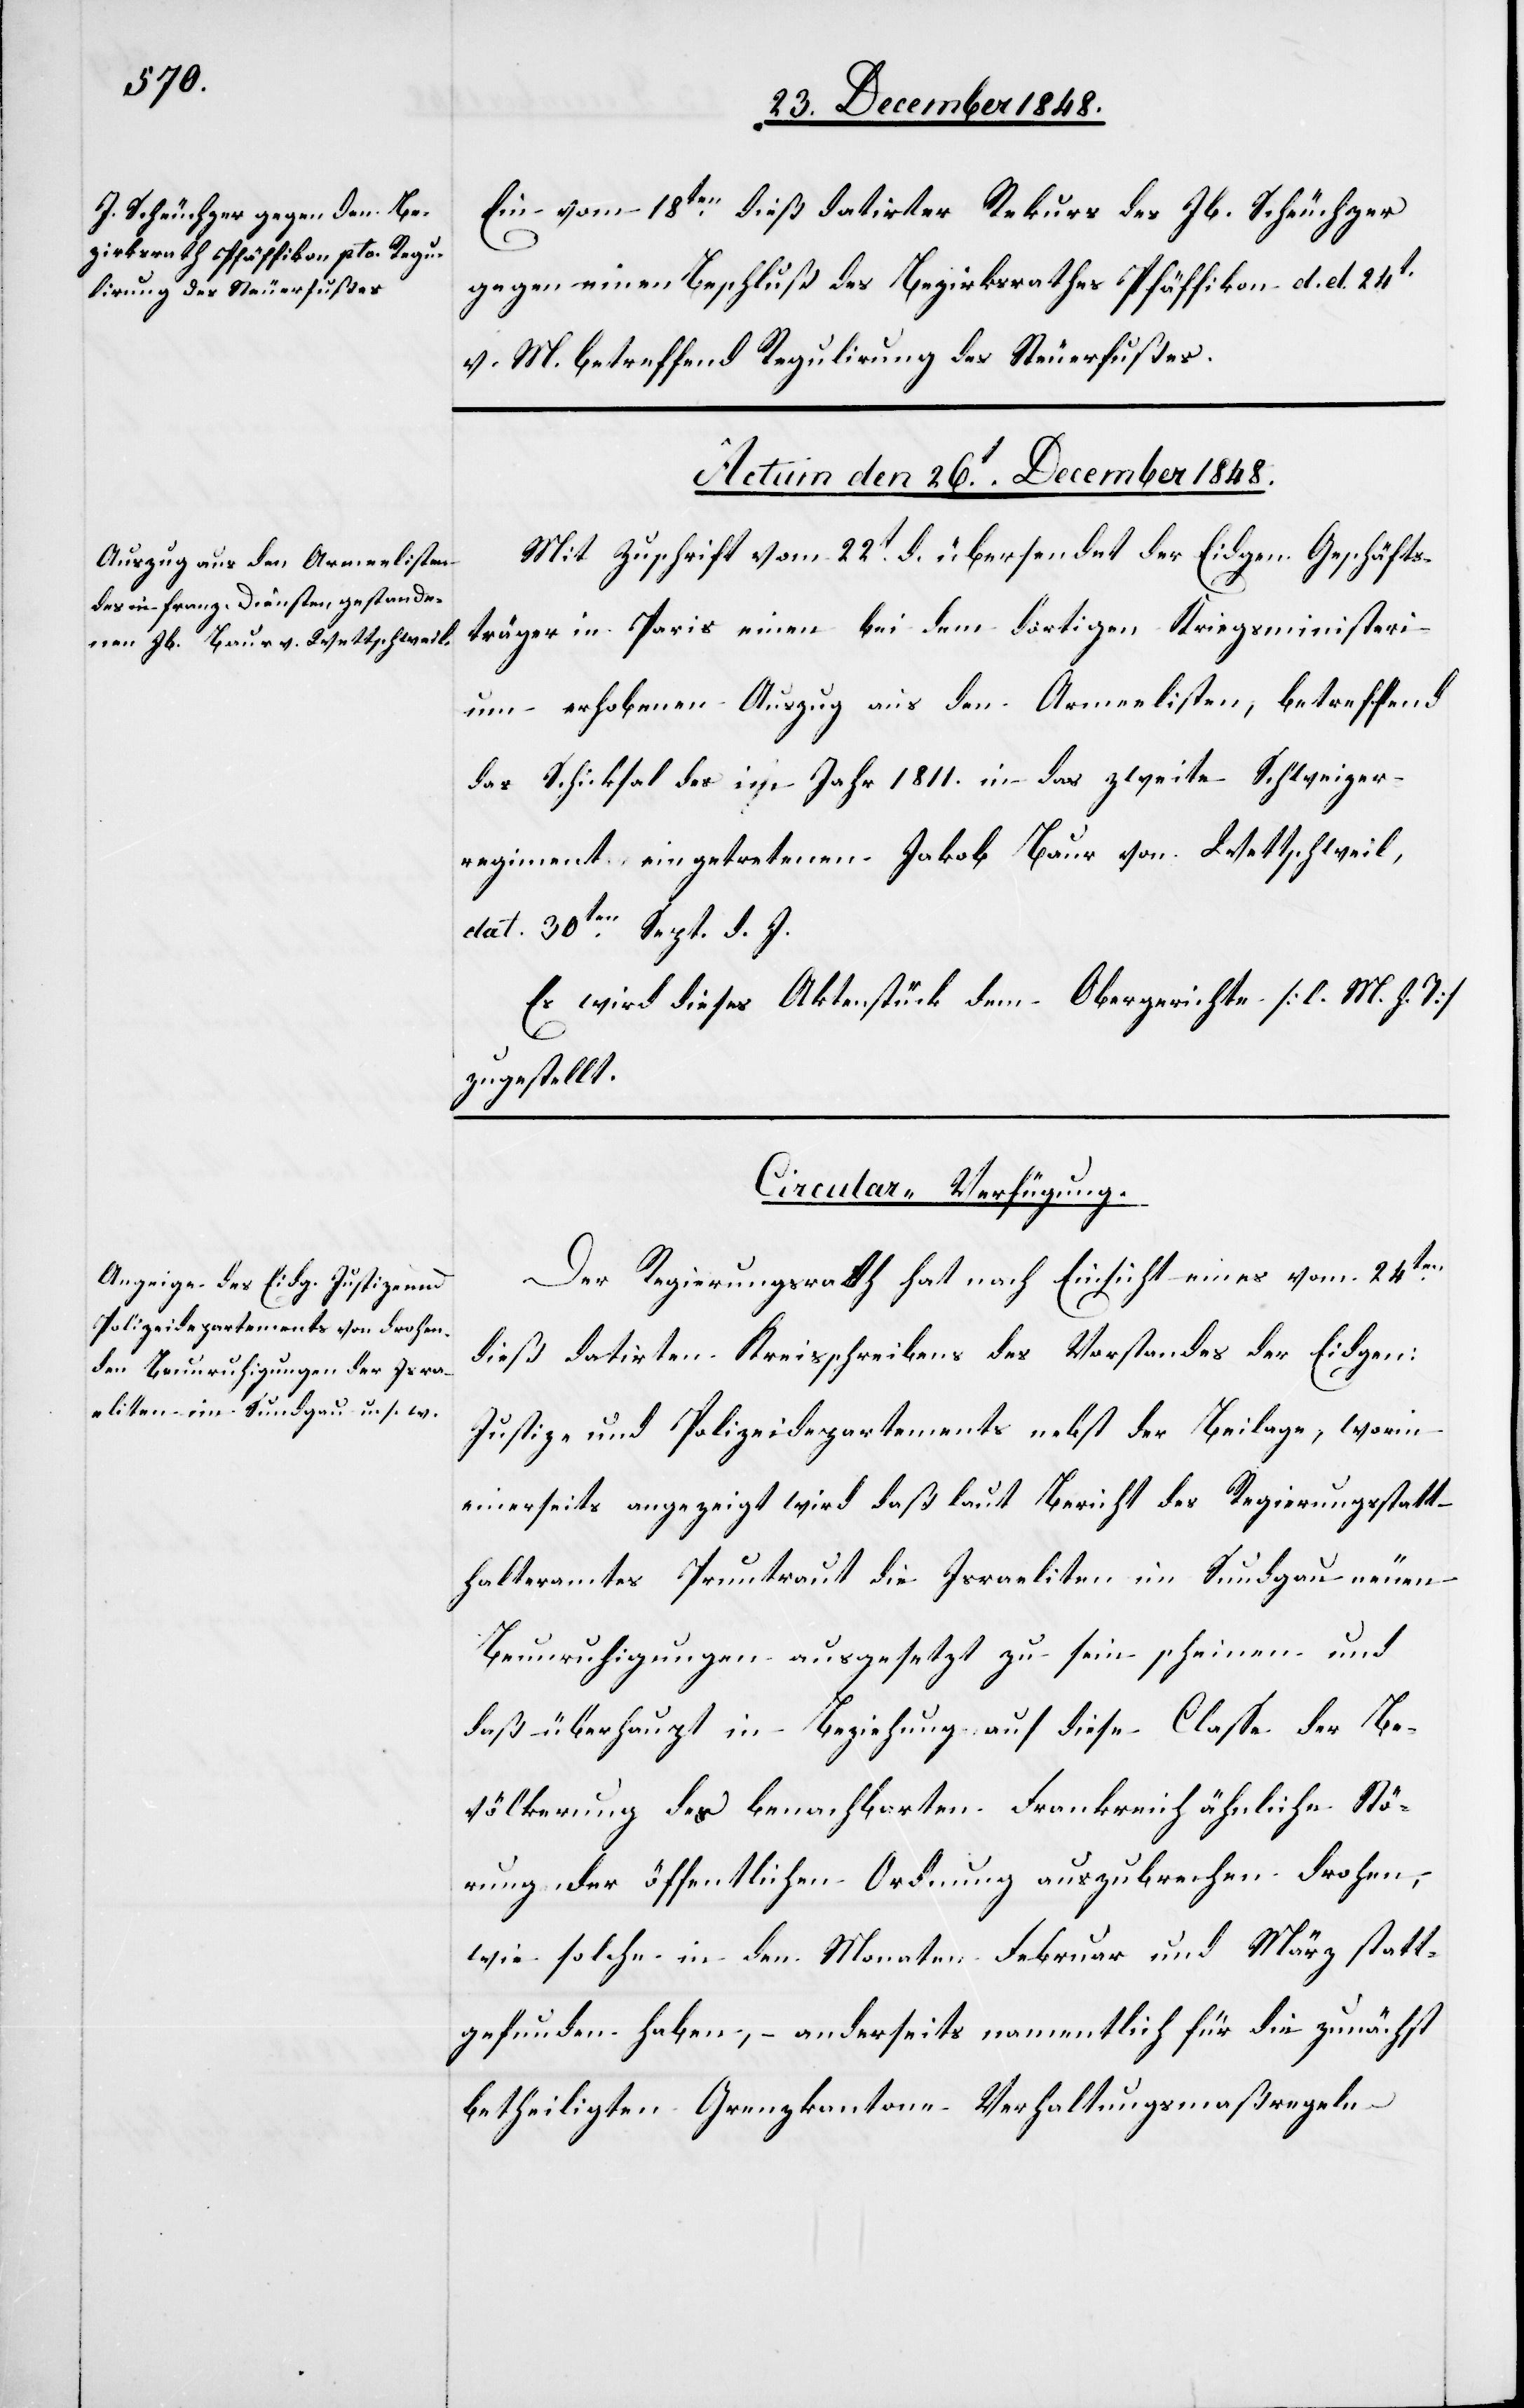
Ein vom 18ten dieß datirter Rekurs des Jb. Scheuchzer
gegen einen Beschluß des Bezirksrathes Pfäffikon d. d. 24t
v. M. betreffend Regulirung des Steuerfußes.
[Actum den 26t December 1848.]
Mit Zuschrift vom 22t d. übersendet der Eidgen. Geschäfts¬
träger in Paris einen bei dem dortigen Kriegsministeri¬
um erhobenen Auszug aus den Armeelisten, betreffend
das Schicksal des im Jahr 1811. in das zweite Schweizer¬
regiment eingetretenen Jakob Baur von Wettschweil,
dat. 30ten Sept. d. J.
Es wird dieses Aktenstück dem Obergerichte [l. M. h. T]
zugestellt.
Circular-Verfügung.
Der Regierungsrath hat nach Einsicht eines vom 24ten
dieß datirten Kreisschreibens des Vorstandes der Eidgen:
Justiz- und Polizeidepartements nebst der Beilage, worin
einerseits angezeigt wird daß laut Bericht des Regierungsstatt¬
halteramtes Pruntraut die Israeliten im Sundgau neuen
Beunruhigungen ausgesetzt zu sein scheinen und
daß überhaupt in Beziehung auf diese Classe der Be¬
völkerung des benachbarten Frankreich ähnliche Stö¬
rung der öffentlichen Ordnung auszubrechen drohen,
wie solche in den Monaten Februar und März statt¬
gefunden haben, anderseits namentlich für die zunächst
betheiligten Grenzkantone Verhaltungsmaßregeln